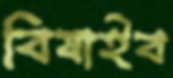
বিষাইব